Senior Leaving Certificate Examination (including Day School Certificate (Higher) General paper), 1950
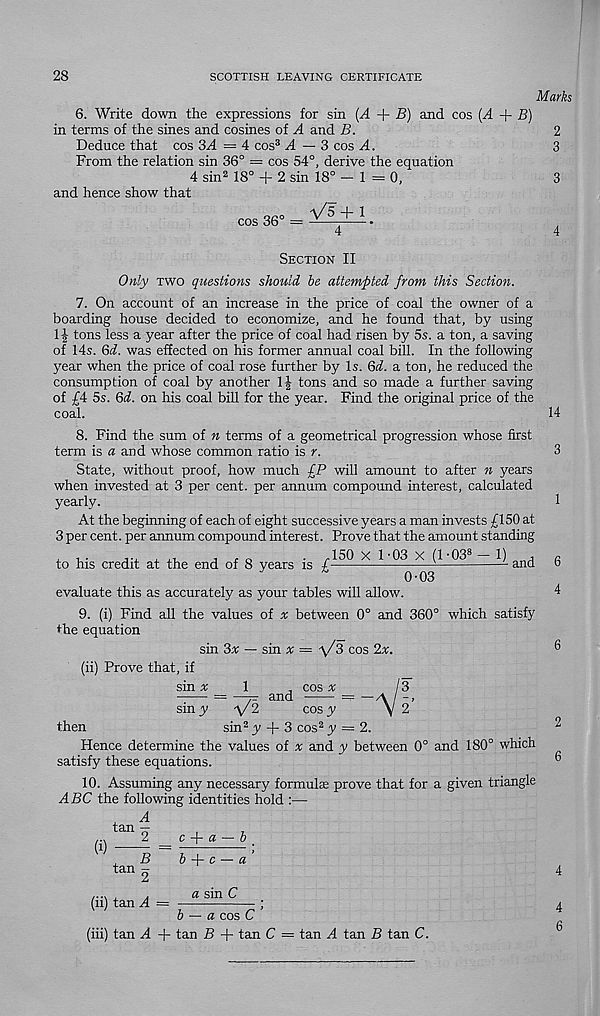
28
SCOTTISH LEAVING CERTIFICATE
Marks
6.
Write down the expressions for sin (A + B) a
in terms of the sines and cosines of A and B.
2
Deduce that cos 3A = 4 cos 3 A — 3 cos A.
3
From the relation sin 36° = cos 54°, derive the equation
4 sin 2 18° + 2 sin 18° - 1 = 0,
3
and hence show that
V5 + 1
4
'
4
cos 36°
SECTION II
Only TWO questions should be attempted from this Section.
7. On account of an increase in the price of coal the owner of a
boarding house decided to economize, and he found that, by using
1 \ tons less a year after the price of coal had risen by 5s. a ton, a saving
of 14s. 3d. was effected on his former annual coal bill. In the following
year when the price of coal rose further by Is. Qd. a ton, he reduced the
consumption of coal by another
tons and so made a further saving
of £4 5s. Qd. on his coal bill for the year. Find the original price of the
coal.
8. Find the sum of n terms of a geometrical progression whose first
term is a and whose common ratio is r.
State, without proof, how much £P will amount to after n years
when invested at 3 per cent, per annum compound interest, calculated
yearly.
At the beginning of each of eight successive years a man invests £150 at
3 per cent, per annum compound interest. Prove that the amount standing
- 150 X 1-03 X (1-03 8 - 1) and
0-03
evaluate this as accurately as your tables will allow.
9. (i) Find all the values of v between 0° and 360° which satisfy
the equation
sin 3v — sin # = ^3 cos lx.
(ii) Prove that, if
sin ^
1
. cos A;
/ 3
= —j: and
— —\ \
siny
V2
cosy
v 2
then
sin 2 y + 3 cos 2 y ~2.
Hence determine the values of v and y between 0° and 180° which
satisfy these equations.
10. Assuming any necessary formula: prove that for a given triangle
ABC the following identities hold :—
to his credit at the end of 8 years is £-
tjm|
‘an |
c f- a — b
b
c — a
« sin C
(ii) tan A =
b — a cos C
(iii) tan A + tan B + tan C
14
tan A tan B tan C.
4
6